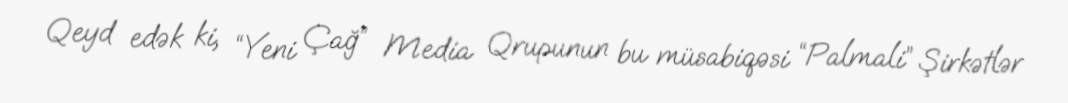
Qeyd edək ki, “Yeni Çağ” Media Qrupunun bu müsabiqəsi “Palmali” Şirkətlər